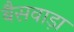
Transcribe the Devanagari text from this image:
बैसवाड़ा